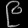
Digit: ၉